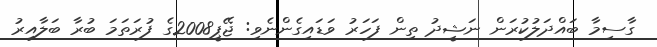
ގާސިމާ ބައްދަލުކުރަން ނަޝީދު ތިން ފަހަރު ވަޑައިގެންނެވި: ޖޭޕީ2008ގެ ފުރަތަމަ ބުރާ ބަލާއިރު